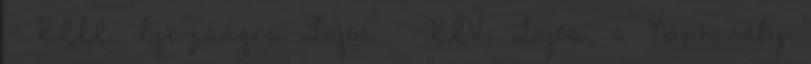
· XIII. Igazságos Lajos · XIV. Lajos, a Napkirály